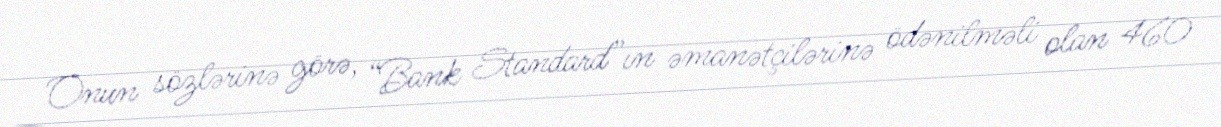
Onun sözlərinə görə, “Bank Standard”ın əmanətçilərinə ödənilməli olan 460